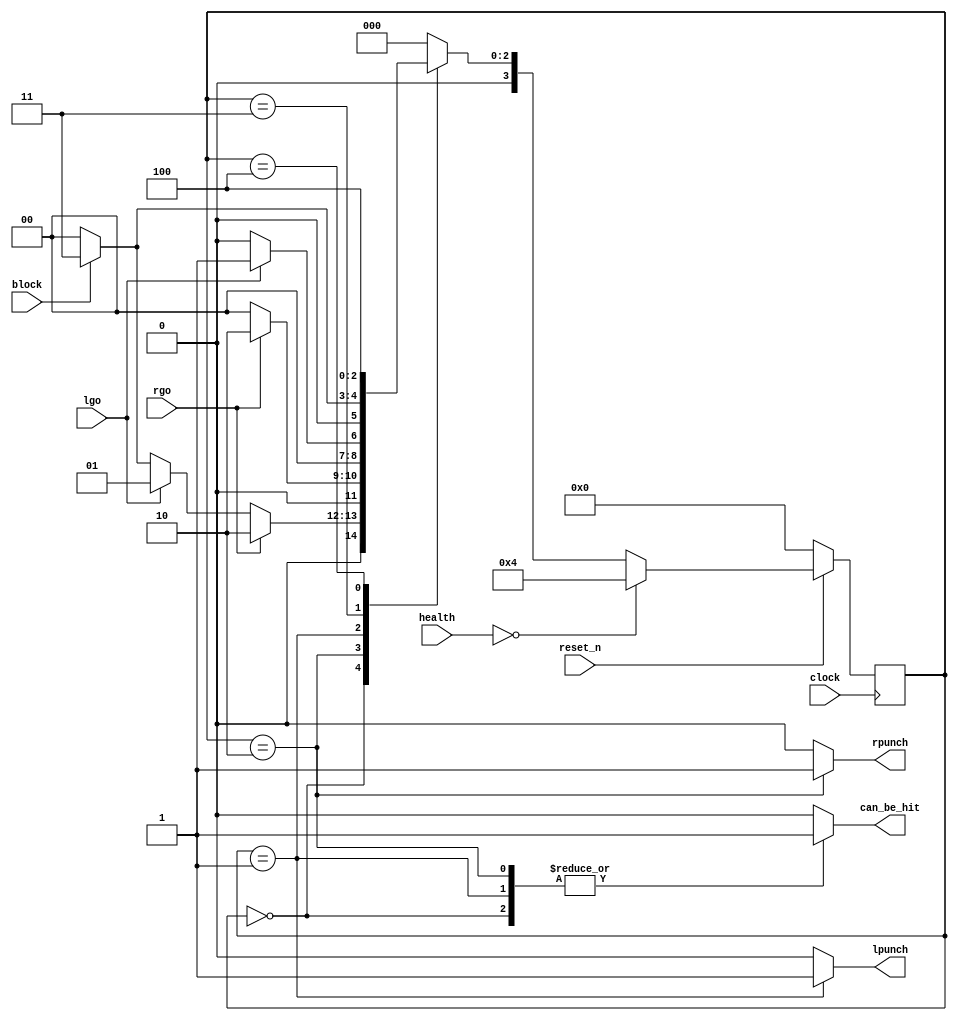
module user_control(clock, reset_n, health, rgo, lgo, block, rpunch, lpunch, can_be_hit);

	//list of inputs
	input rgo;
	input lgo;
	input clock;
	input block;
	input reset_n;
	input [3:0] health;

	//list of outputs
	output reg can_be_hit;
	output reg rpunch, lpunch;

	reg [3:0] current_state, next_state; 

	//states listed out as local_params
	localparam   INITIAL 		= 3'd0,
		     left_punch		= 3'd1,
		     right_punch	= 3'd2,
		     blocked		= 3'd3,
		     dead 		= 3'd4;
					 
		//finite state machine transition

		// using key[x] as input, allow the health of the user to decrease based on the state.
		always @(*)
			begin 
				case (current_state)
					INITIAL: 
						begin
							if (rgo)
								next_state = right_punch;
							else if (lgo)
								next_state = left_punch;
							else if (block)
								next_state = blocked;
							else
								next_state = INITIAL;
						end
			
					right_punch: next_state = rgo ? right_punch : INITIAL;
					left_punch: next_state = lgo ? left_punch : INITIAL;
					blocked: next_state = block ? blocked : INITIAL;
					dead: next_state = dead;
						
				default:  next_state = INITIAL;
			  endcase
		 end

		always @(*)
			begin
        			can_be_hit = 1'b0;
        			lpunch = 1'b0;
				rpunch = 1'b0;
			  	// if the user is in the blocked state, punches will not affect the health of the player.
				case (current_state)
					INITIAL: 
						begin
							can_be_hit = 1'b1;
						end
					left_punch: 
						begin
							can_be_hit = 1'b1;
							lpunch = 1'b1;
						end
					right_punch: 
						begin
							can_be_hit = 1'b1;
							rpunch = 1'b1;
						end
					blocked: 
						begin
							can_be_hit = 1'b0;
						end
			  	endcase
		 	end

		 reg counter;
		
		 always @(posedge clock)
			begin
			  	if (!reset_n)
					current_state <= INITIAL;
				else if (health == 4'b0)
					current_state <= dead;
				else
					current_state <= next_state;
			end

endmodule